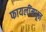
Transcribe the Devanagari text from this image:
फायलींमधून